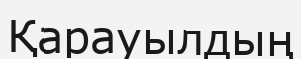
Қарауылдың